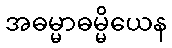
အဓမ္မာဓမ္မိယေန